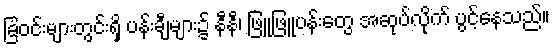
ခြံဝင်းများတွင်းရှိ ပန်းချီများ၌ နီနီ၊ ဖြူဖြူပန်းတွေ အဆုပ်လိုက် ပွင့်နေသည်။